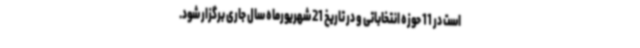
است در 11 حوزه انتخاباتی و در تاریخ 21 شهریورماه سال جاری برگزار شود.